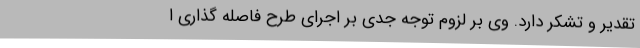
تقدیر و تشکر دارد. وی بر لزوم توجه جدی بر اجرای طرح فاصله گذاری ا